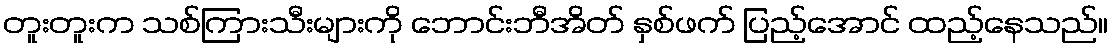
တူးတူးက သစ်ကြားသီးများကို ဘောင်းဘီအိတ် နှစ်ဖက် ပြည့်အောင် ထည့်နေသည်။